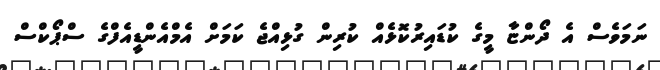
ނަމަވެސް އެ ދޯންޏާ މީގެ ކުޑައިރުކޮޅެއް ކުރިން ގުޅިއްޖެ ކަމަށް އެމްއެންޑީއެފްގެ ސްޕޯކްސް